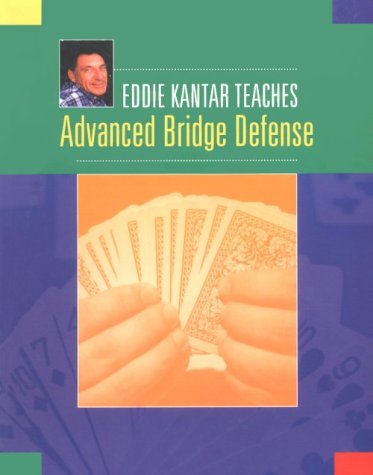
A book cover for Eddie Kantar Teaches Advanced Bridge Defense; Eddie Kantar; Humor & Entertainment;